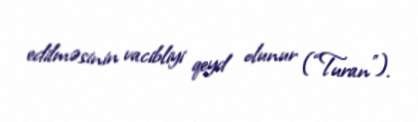
edilməsinin vacibliyi qeyd olunur (“Turan”).